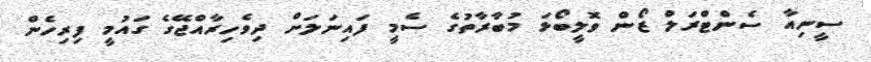
ސީނިއާ ސެންޓްރަލް ޒޯން ވޮލީބޯޅަ މުބާރާތުގެ ސެމީ ފައިނަލަށް ދިވެހިރާއްޖޭގެ ގައުމީ ފިރިހެން